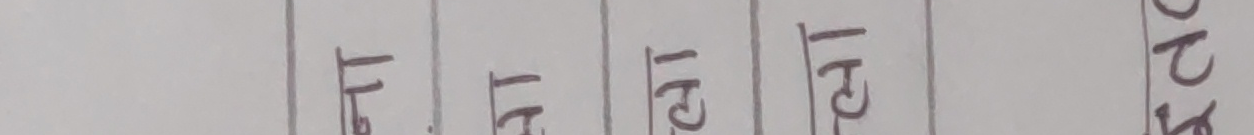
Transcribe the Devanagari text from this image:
चा टा खा घा ४२२